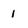
Character: 1